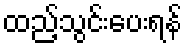
ထည့်သွင်းပေးရန်